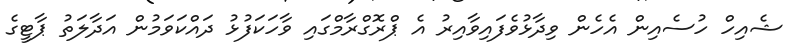
ޝެއިހް ހުސެއިން އެހެން ވިދާޅުވެފައިވާއިރު އެ ޕްރޮގްރާމްގައި ވާހަކަފުޅު ދައްކަވަމުން އަދާލަތު ޕާޓީގެ